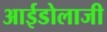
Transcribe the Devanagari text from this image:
आईडोलाजी